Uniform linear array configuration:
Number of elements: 32
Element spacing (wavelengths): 0.5
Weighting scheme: uniform
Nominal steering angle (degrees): -45
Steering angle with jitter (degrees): -45.296
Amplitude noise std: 0.05
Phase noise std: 0.05

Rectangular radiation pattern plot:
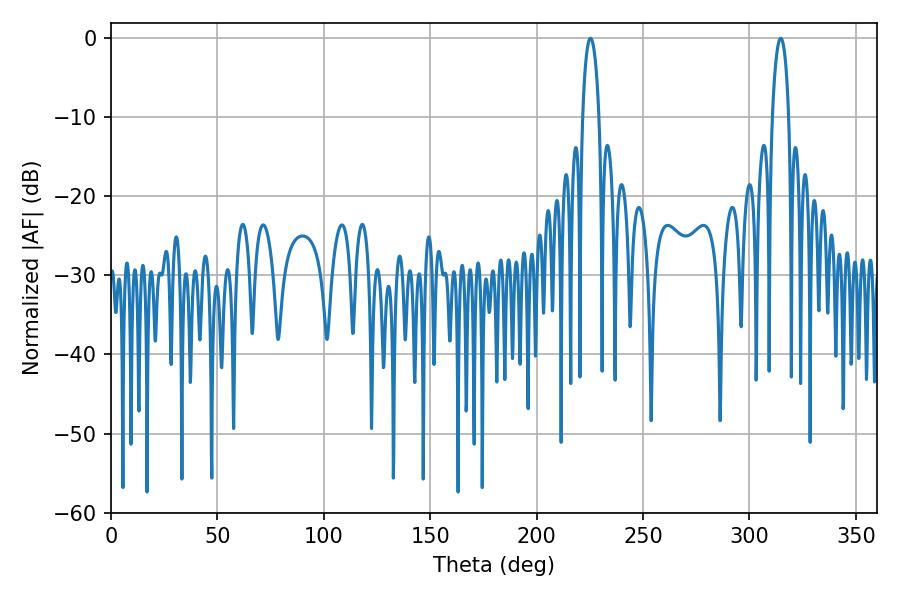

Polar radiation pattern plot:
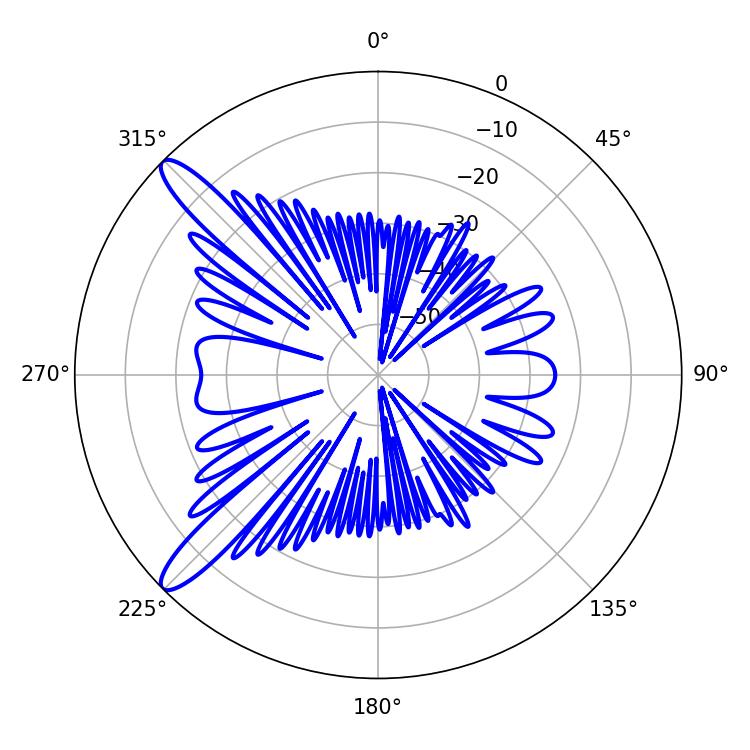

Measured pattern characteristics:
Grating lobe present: FALSE
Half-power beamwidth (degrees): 4.32
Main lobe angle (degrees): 225.36